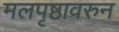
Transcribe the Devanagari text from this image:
मलपृष्ठावरुन